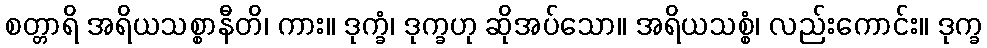
စတ္တာရိ အရိယသစ္စာနီတိ၊ ကား။ ဒုက္ခံ၊ ဒုက္ခဟု ဆိုအပ်သော။ အရိယသစ္စံ၊ လည်းကောင်း။ ဒုက္ခ